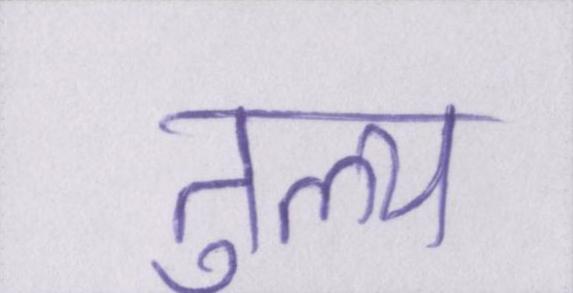
तुल्य